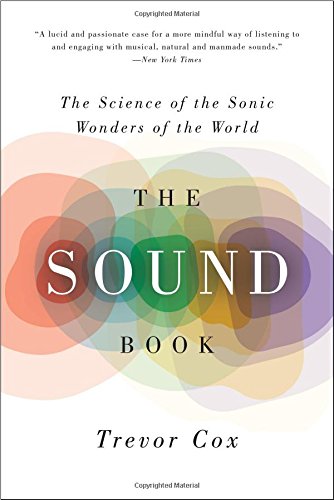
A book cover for The Sound Book: The Science of the Sonic Wonders of the World; Trevor Cox; Science & Math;